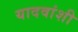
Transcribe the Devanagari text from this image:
यादवांशी